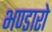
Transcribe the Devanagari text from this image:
भण्डारो